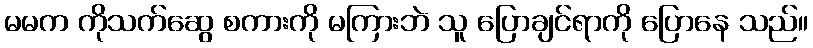
မမက ကိုသက်ဆွေ စကားကို မကြားဘဲ သူ ပြောချင်ရာကို ပြောနေ သည်။